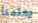
يعلمنا